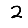
Digit: 2